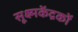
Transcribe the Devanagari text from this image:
सूक्ष्मकेंद्रकों